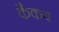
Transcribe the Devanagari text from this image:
कैकय